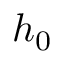
h _ { 0 }